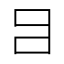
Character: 𤕪